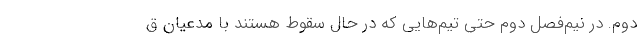
دوم. در نیم‌فصل دوم حتی تیم‌هایی که در حال سقوط هستند با مدعیان ق